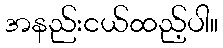
အနည်းငယ်ထည့်ပါ။